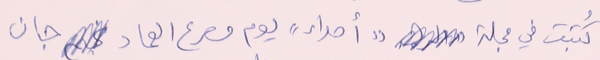
كُتبت في مجلة "أصداء" يوم مصرع العماد جان